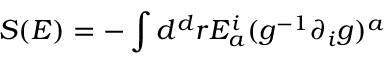
S ( E ) = - \int d ^ { d } r E _ { a } ^ { i } ( g ^ { - 1 } \partial _ { i } g ) ^ { a }